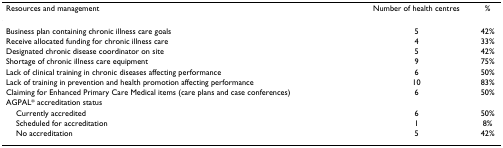
| Resources and management | Number of health centres | % |
 | --- | --- | --- |
 | Business plan containing chronic illness care goals | 5 | 42% |
 | Receive allocated funding for chronic illness care | 4 | 33% |
 | Designated chronic disease coordinator on site | 5 | 42% |
 | Shortage of chronic illness care equipment | 9 | 75% |
 | Lack of clinical training in chronic diseases affecting performance | 6 | 50% |
 | Lack of training in prevention and health promotion affecting performance | 10 | 83% |
 | Claiming for Enhanced Primary Care Medical items (care plans and case conferences) | 6 | 50% |
 | AGPAL* accreditation status |  |  |
 | Currently accredited | 6 | 50% |
 | Scheduled for accreditation | 1 | 8% |
 | No accreditation | 5 | 42% |